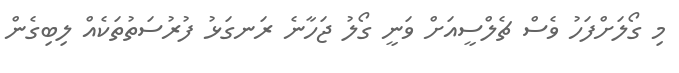
މި ގޯލަށްފަހު ވެސް ޗެލްސީއަށް ވަނީ ގޯލު ޖަހާނެ ރަނގަޅު ފުރުސަތުތަކެއް ލިބިގެން